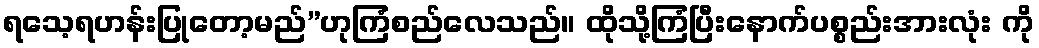
ရသေ့ရဟန်းပြုတော့မည်”ဟုကြံစည်လေသည်။ ထိုသို့ကြံပြီးနောက်ပစ္စည်းအားလုံး ကို